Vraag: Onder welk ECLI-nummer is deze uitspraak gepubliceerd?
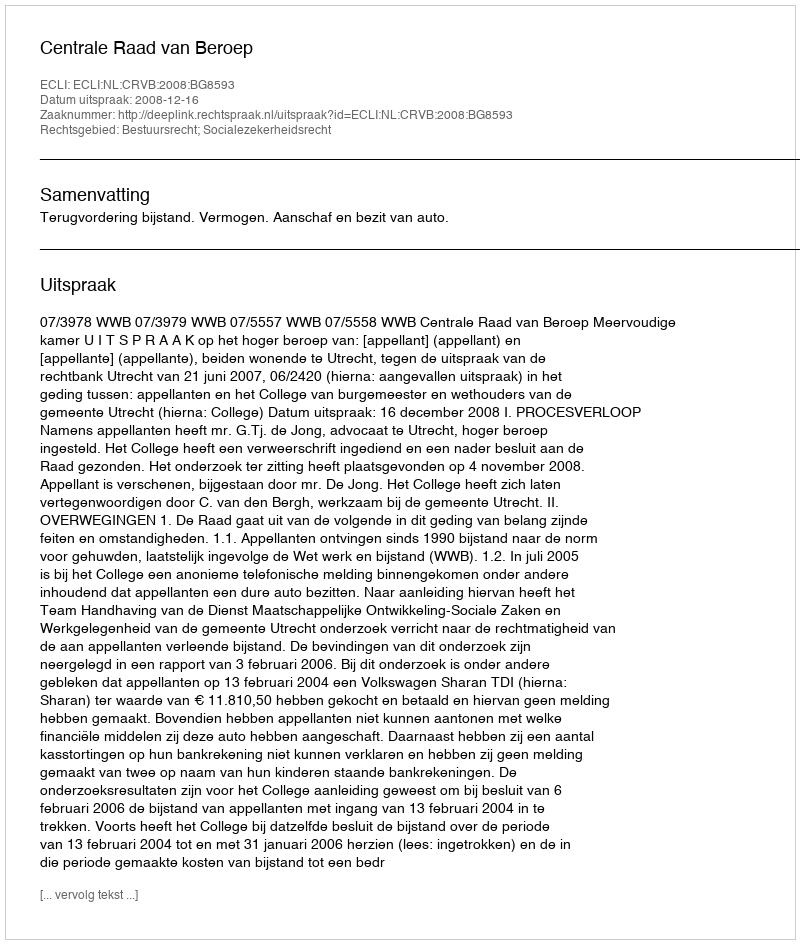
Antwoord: ECLI:NL:CRVB:2008:BG8593